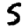
Digit: 5